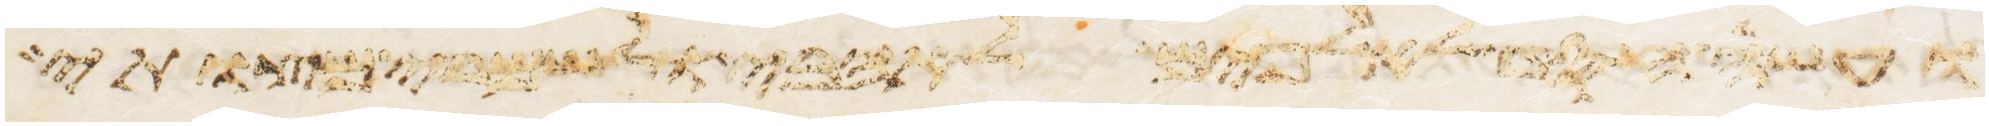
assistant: ועשה חסד לאלפים לאהבי ולשמרי מצותי